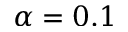
\alpha = 0 . 1